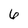
Character: 6